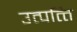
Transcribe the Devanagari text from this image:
उत्‍पत्‍ति